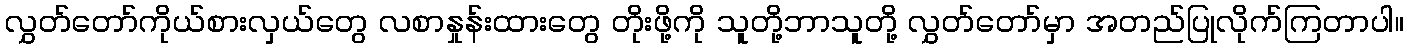
လွှတ်တော်ကိုယ်စားလှယ်တွေ လစာနှုန်းထားတွေ တိုးဖို့ကို သူတို့ဘာသူတို့ လွှတ်တော်မှာ အတည်ပြုလိုက်ကြတာပါ။